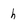
Character: h